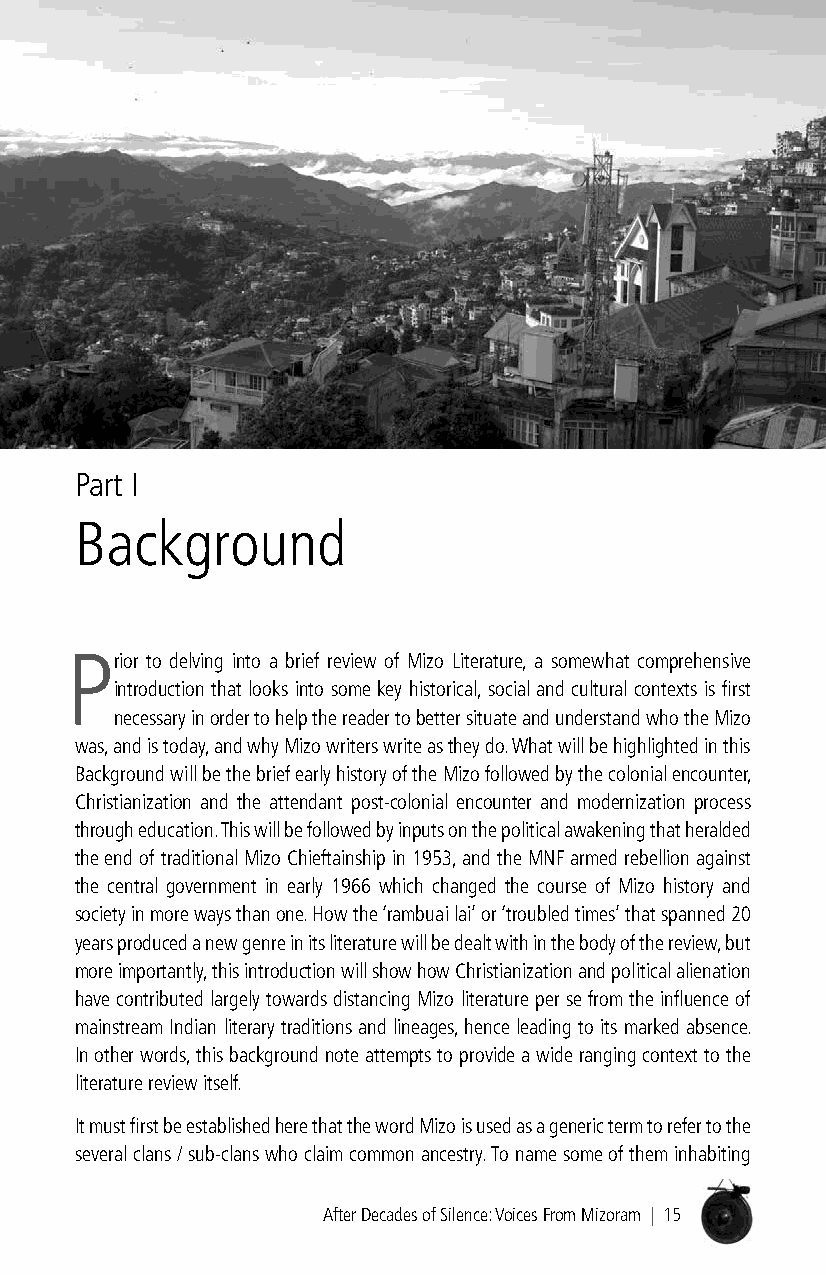
Part I
 Background
 Prior to delving into a brief review of Mizo Literature, a somewhat comprehensive
 introduction that looks into some key historical, social and cultural contexts is first
 necessary in order to help the reader to better situate and understand who the Mizo
 was, and is today, and why Mizo writers write as they do. What will be highlighted in this
 Background will be the brief early history of the Mizo followed by the colonial encounter,
 Christianization and the attendant post-colonial encounter and modernization process
 through education. This will be followed by inputs on the political awakening that heralded
 the end of traditional Mizo Chieftainship in 1953, and the MNF armed rebellion against
 the central government in early 1966 which changed the course of Mizo history and
 society in more ways than one. How the ‘rambuai lai’ or ‘troubled times’ that spanned 20
 years produced a new genre in its literature will be dealt with in the body of the review, but
 more importantly, this introduction will show how Christianization and political alienation
 have contributed largely towards distancing Mizo literature per se from the influence of
 mainstream Indian literary traditions and lineages, hence leading to its marked absence.
 In other words, this background note attempts to provide a wide ranging context to the
 literature review itself.
 It must first be established here that the word Mizo is used as a generic term to refer to the
 several clans / sub-clans who claim common ancestry. To name some of them inhabiting
 After Decades of Silence: Voices From Mizoram | 15